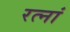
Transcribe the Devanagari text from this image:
रत्‍नां